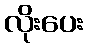
လိုးပေး